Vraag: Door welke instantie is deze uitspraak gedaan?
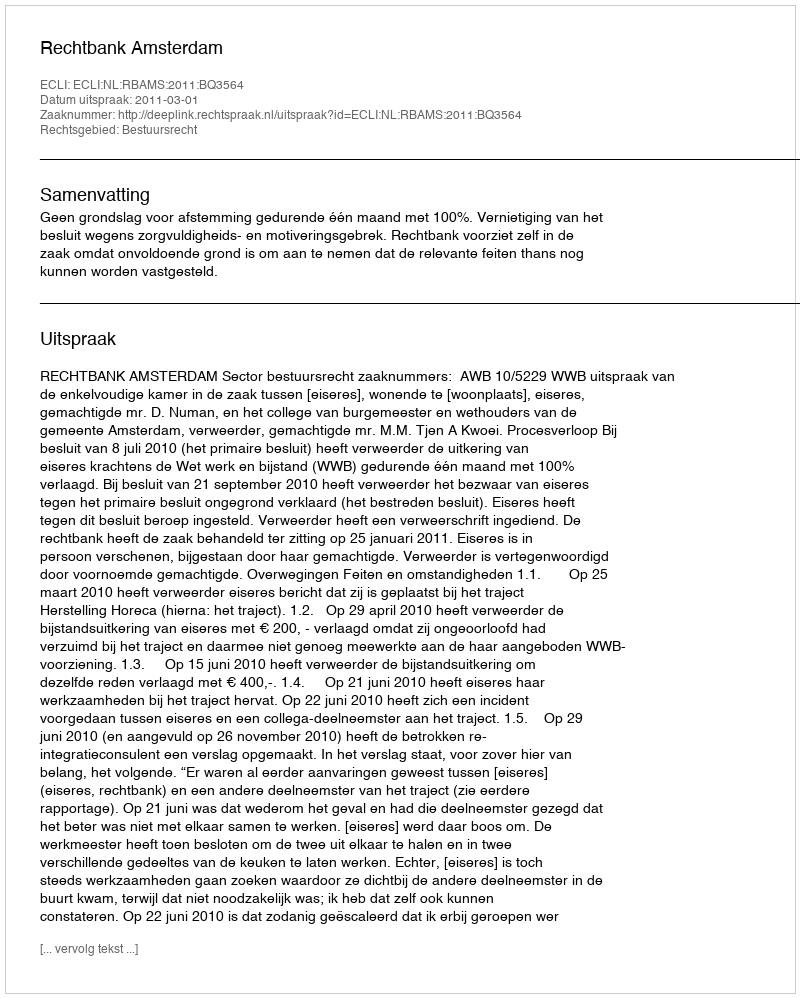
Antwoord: Rechtbank Amsterdam